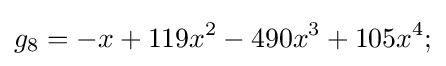
g_{8}=-x+119x^{2}-490x^{3}+105x^{4};